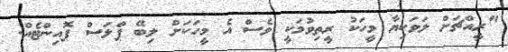
"ރީއްޗަށް ލަވަކިޔާ މީހަކު ރީތިވުމަކީ ވެސް އެ މީހަކަށް ލިބޭ ޕްލަސް ޕޮއިންޓެއް.